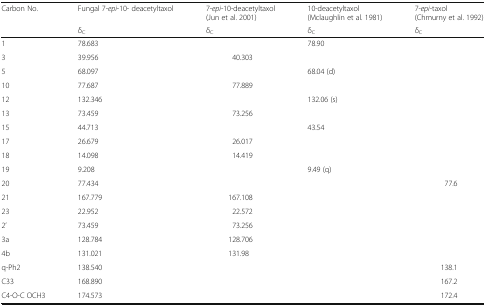
<table><thead><tr><td rowspan="2"><b>Carbon No.</b></td><td><b>Fungal 7-<i>epi</i>-10- deacetyltaxol</b></td><td><b>7-<i>epi</i>-10-deacetyltaxol (Jun et al. 2001)</b></td><td><b>10-deacetyltaxol (Mclaughlin et al. 1981)</b></td><td><b>7-<i>epi</i>-taxol (Chmurny et al. 1992)</b></td></tr><tr><td><b>δ<sub>C</sub></b></td><td><b>δ<sub>C</sub></b></td><td><b>δ<sub>C</sub></b></td><td><b>δ<sub>C</sub></b></td></tr></thead><tbody><tr><td>1</td><td>78.683</td><td></td><td>78.90</td><td></td></tr><tr><td>3</td><td>39.956</td><td>40.303</td><td></td><td></td></tr><tr><td>5</td><td>68.097</td><td></td><td>68.04 (d)</td><td></td></tr><tr><td>10</td><td>77.687</td><td>77.889</td><td></td><td></td></tr><tr><td>12</td><td>132.346</td><td></td><td>132.06 (s)</td><td></td></tr><tr><td>13</td><td>73.459</td><td>73.256</td><td></td><td></td></tr><tr><td>15</td><td>44.713</td><td></td><td>43.54</td><td></td></tr><tr><td>17</td><td>26.679</td><td>26.017</td><td></td><td></td></tr><tr><td>18</td><td>14.098</td><td>14.419</td><td></td><td></td></tr><tr><td>19</td><td>9.208</td><td></td><td>9.49 (q)</td><td></td></tr><tr><td>20</td><td>77.434</td><td></td><td></td><td>77.6</td></tr><tr><td>21</td><td>167.779</td><td>167.108</td><td></td><td></td></tr><tr><td>23</td><td>22.952</td><td>22.572</td><td></td><td></td></tr><tr><td>2’</td><td>73.459</td><td>73.256</td><td></td><td></td></tr><tr><td>3a</td><td>128.784</td><td>128.706</td><td></td><td></td></tr><tr><td>4b</td><td>131.021</td><td>131.98</td><td></td><td></td></tr><tr><td>q-Ph2</td><td>138.540</td><td></td><td></td><td>138.1</td></tr><tr><td>C33</td><td>168.890</td><td></td><td></td><td>167.2</td></tr><tr><td>C4-O-C OCH3</td><td>174.573</td><td></td><td></td><td>172.4</td></tr></tbody></table>